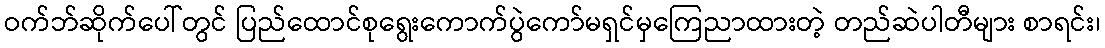
ဝက်ဘ်ဆိုက်ပေါ်တွင် ပြည်ထောင်စုရွေးကောက်ပွဲကော်မရှင်မှကြေညာထားတဲ့ တည်ဆဲပါတီများ စာရင်း၊